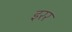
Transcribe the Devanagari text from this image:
इरर